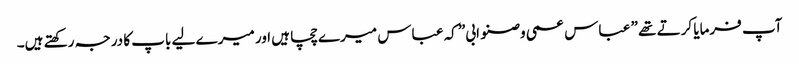
آپ فرمایا کرتے تھے ” عباس عمی وصنو ابی” کہ عباس میرے چچا ہیں اور میرے لیے باپ کا درجہ رکھتے ہیں۔